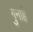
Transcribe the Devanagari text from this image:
गुनाहे